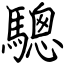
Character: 驄